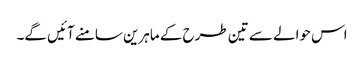
اس حوالے سے تین طرح کے ماہرین سامنے آئیں گے۔